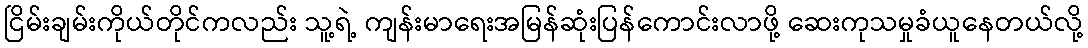
ငြိမ်းချမ်းကိုယ်တိုင်ကလည်း သူ့ရဲ့ ကျန်းမာရေးအမြန်ဆုံးပြန်ကောင်းလာဖို့ ဆေးကုသမှုခံယူနေတယ်လို့